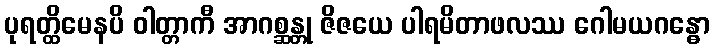
ပုရတ္ထိမေနပိ ဝါတ္တာကီ အာဂစ္ဆန္တု ဇိဇယေ ပါရမိတာဖလဿ ဂေါမယဂန္ဓော